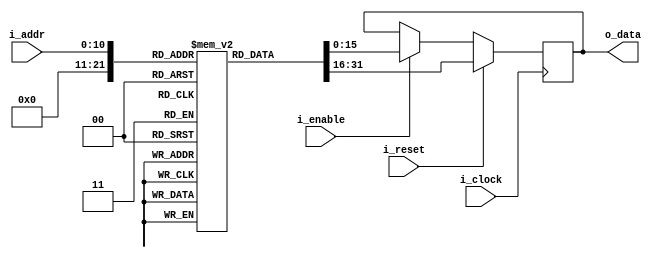
module bip_program_memory
#(
    // Parameters.
    parameter 									NB_DATA = 16,
    parameter 									N_ADDR = 2048,
    parameter 									LOG2_N_INSMEM_ADDR = 11
)
(
    // Outputs.
    output wire     [NB_DATA-1:0]               o_data,
    // Inputs.
    input  wire 	[LOG2_N_INSMEM_ADDR-1:0]    i_addr, // Signal from control unit
    input  wire 								i_clock,
    input  wire 								i_enable,
    input  wire 								i_reset 							
) ;	

    //==========================================================================
    // LOCAL PARAMETERS.
    //==========================================================================


    //==========================================================================
    // INTERNAL SIGNALS.
    //==========================================================================
    reg             [NB_DATA-1:0]               mem_bank [N_ADDR-1:0] ;
    reg             [NB_DATA-1:0]               data ;                            

    //==========================================================================
    // ALGORITHM.
    //==========================================================================
    //  | 15 Opcode 11 | 10 Operand 0 | Instruction format
    initial begin
    mem_bank[0] = 16'b00010_000_0000_0001 ; //Load variable 0x01 => ACC=0x01
    mem_bank[1] = 16'b00101_000_0000_0010 ; //Add immediate +0x2 => ACC=0x03
    mem_bank[2] = 16'b00001_000_0000_0111 ; //Store in 0x7 => ACC=0x03
    mem_bank[3] = 16'b00011_000_0000_1000 ; //Load immediate 0x08 => ACC=0x08
    mem_bank[4] = 16'b00110_000_0000_0010 ; //Substract variable in 0x02 => ACC=0x06  
    mem_bank[5] = 16'b00100_000_0000_0010 ; //Add variable in 0x02 => ACC=0x08
    mem_bank[6] = 16'b00001_000_0000_1011 ; //Store in 0xB => ACC=0x08
    mem_bank[7] = 16'b00011_000_0000_0011 ; //Load immediate 0x03 => ACC=0x03
    mem_bank[8] = 16'b00111_000_0000_0011 ; //Substract immediate 0x03 => ACC=0x00
    mem_bank[9] = 16'b00000_000_0000_0000 ; // Halt
    end

    assign o_data = data ;

    always @ (posedge i_clock)
    begin
        if (i_reset)
            data <= mem_bank[0];
        else if (i_enable)
            data <= mem_bank[i_addr];
    end

endmodule